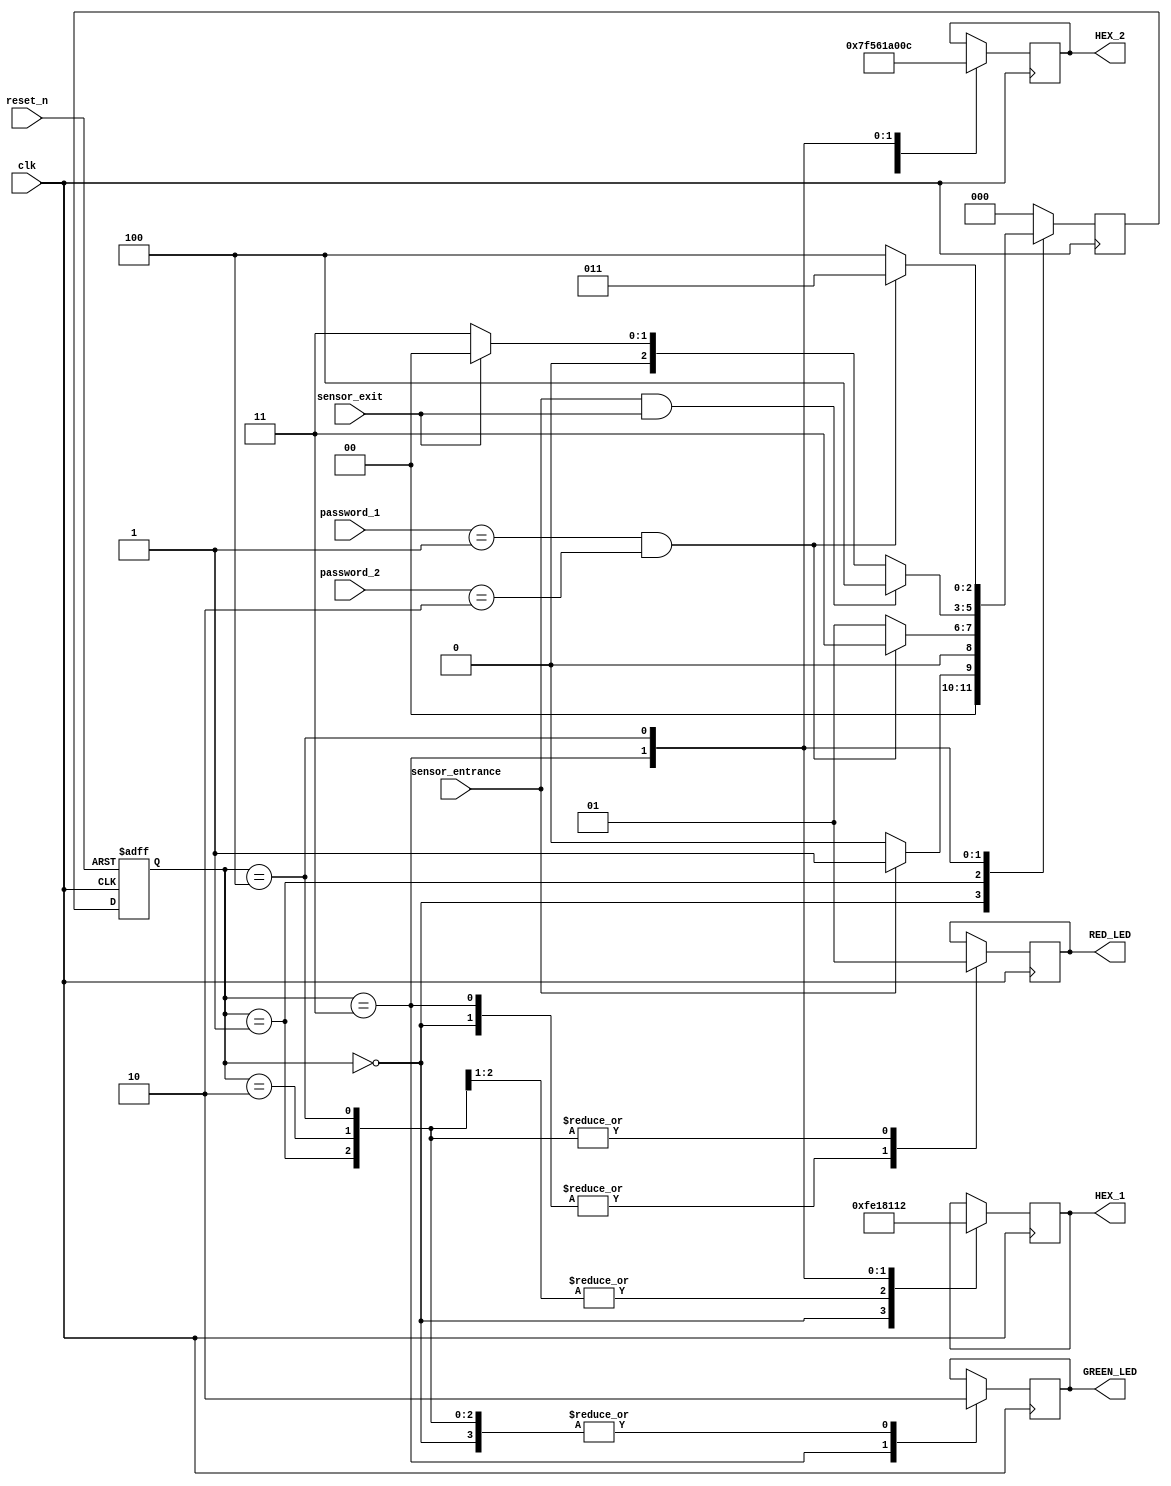
// Verilog code for car parking system
`timescale 1ns / 1ps
module parking_system( 
 input clk,reset_n,
 input sensor_entrance, sensor_exit, 
 input [1:0] password_1, password_2,
 output wire GREEN_LED,RED_LED,
 output reg [6:0] HEX_1, HEX_2
    );
 parameter IDLE = 3'b000, WAIT_PASSWORD = 3'b001, WRONG_PASS = 3'b010, RIGHT_PASS = 3'b011,STOP = 3'b100;
 
 reg[2:0] current_state, next_state;
 reg[31:0] counter_wait;
 reg red_tmp,green_tmp;

 // Next state
 always @(posedge clk or negedge reset_n)
 begin
 if(~reset_n) 
 current_state = IDLE;
 else
 current_state = next_state;
 end
 
 // change state
 always @ (posedge clk)
  begin
    case(current_state)
      IDLE: begin
             if(sensor_entrance == 1)
              next_state = WAIT_PASSWORD;
             else
              next_state = IDLE;
            end
     
	 WAIT_PASSWORD: begin
                   
                      if((password_1==2'b01)&&(password_2==2'b10))
                       next_state = RIGHT_PASS;
                      else
                       next_state = WAIT_PASSWORD;
                     end
                   
 
  
  
  RIGHT_PASS: begin
                if(sensor_entrance==1 && sensor_exit == 1)
                  next_state = STOP;
                else if(sensor_exit == 1)
                  next_state = IDLE;
                else
                  next_state = RIGHT_PASS;
               end
   
	STOP: begin
           if((password_1==2'b01)&&(password_2==2'b10))
             next_state = RIGHT_PASS;
           else
             next_state = STOP;
         end
  
  default: next_state = IDLE;
 
 endcase
end

 // LEDs and output, change the period of blinking LEDs here
 always @(posedge clk) begin 
 case(current_state)
 IDLE: begin
 green_tmp = 1'b0;
 red_tmp = 1'b0;
 HEX_1 = 7'b1111111; // off
 HEX_2 = 7'b1111111; // off
 end
 WAIT_PASSWORD: begin
 green_tmp = 1'b0;
 red_tmp = 1'b1;
 HEX_1 = 7'b000_0110; // E
 HEX_2 = 7'b010_1011; // n 
 end
 WRONG_PASS: begin
 green_tmp = 1'b0;
 red_tmp = 1'b1;
 HEX_1 = 7'b000_0110; // E
 HEX_2 = 7'b000_0110; // E 
 end
 RIGHT_PASS: begin
 green_tmp = 1'b1;
 red_tmp = 1'b0;
 HEX_1 = 7'b000_0010; // 6
 HEX_2 = 7'b100_0000; // 0 
 end
 STOP: begin
 green_tmp = 1'b0;
 red_tmp = 1'b1;
 HEX_1 = 7'b001_0010; // 5
 HEX_2 = 7'b000_1100; // P 
 end
 endcase
 end
 assign RED_LED = red_tmp  ;
 assign GREEN_LED = green_tmp;

endmodule